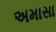
અમાસા